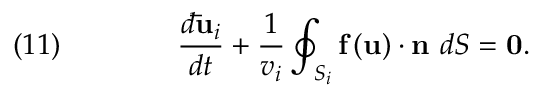
\quad ( 1 1 ) \qquad \qquad { \frac { d { \mathbf { \bar { u } } } _ { i } } { d t } } + { \frac { 1 } { v _ { i } } } \oint _ { S _ { i } } { \mathbf { f } } \left( { \mathbf { u } } \right) \cdot { \mathbf { n } } \ d S = { \mathbf { 0 } } .